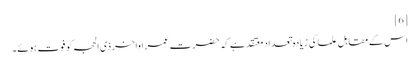
[6]
اس کے مقابل علما کی زیادہ تعداد معتقد ہے کہ حضرت عمر اواخر ذی الحجہ کو فوت ہوئے۔